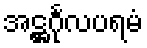
အဋ္ဌင်္ဂုလပရမံ